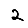
Digit: 2